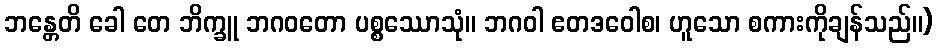
ဘန္တေတိ ခေါ တေ ဘိက္ခူ ဘဂဝတော ပစ္စဿောသုံ။ ဘဂဝါ ဧတဒဝေါစ၊ ဟူသော စကားကိုချန်သည်။)